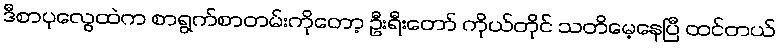
ဒီစာပုလွေထဲက စာရွက်စာတမ်းကိုတော့ ဦးရီးတော် ကိုယ်တိုင် သတိမေ့နေပြီ ထင်တယ်